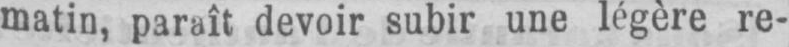
matin, paraît devoir subir une légère re-